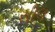
સીલ